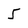
Character: 5